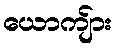
ယောကျ်ား